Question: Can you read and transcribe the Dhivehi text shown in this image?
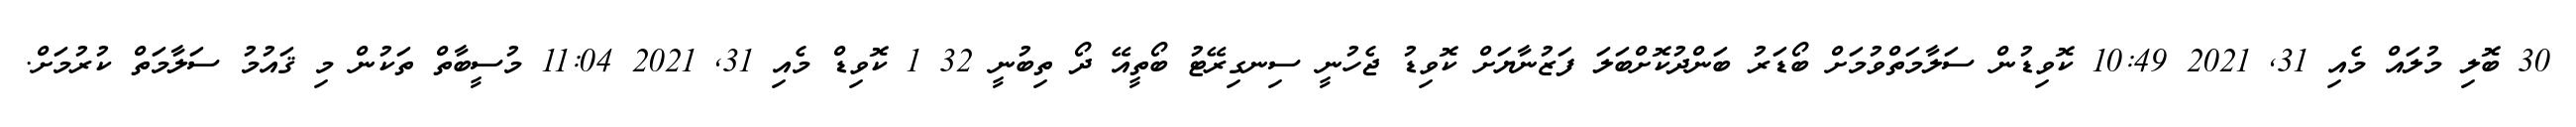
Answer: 30 ބޮލި މުލައް މެއި 31, 2021 10:49 ކޮވިޑުން ސަލާމަތްވުމަށް ބޯޑަރު ބަންދުކޮށްބަލަ ފަޒުނާޔަށް ކޮވިޑު ޖެހުނީ ސިނގިރޭޓު ބޯތީއޭ ދޯ ތިބުނީ 32 1 ކޮވިޑް މެއި 31, 2021 11:04 މުސީބާތް ތަކުން މި ޤައުމު ސަލާމަތް ކުރުމަށް.